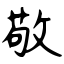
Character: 敬